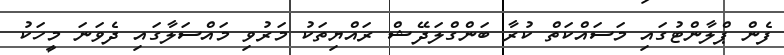
ފެން ޕްލާންޓުގައި މަސައްކަތް ކުރާ ބަންގްލަދޭޝް ރައްޔިތަކު މަރުވި މައްސަލާގައި ދެވަަނަ މީހަކު